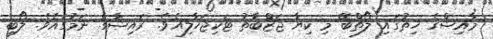
މާއިޝްގެ ހިތުގައި ލޯތްބޭ މި ކިޔާ ޖަޒްބާތު ޓަކިޖަހާލިއެވެ. ރައިޝާގެ ނަމުގައެވެ. ލޯބި